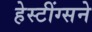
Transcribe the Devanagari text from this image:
हेस्टींग्सने